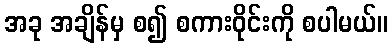
အခု အချိန်မှ စ၍ စကားဝိုင်းကို စပါမယ်။